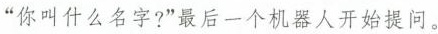
“你叫什么名字?”最后一个机器人开始提问。